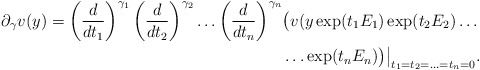
\begin{align*}\partial_{\gamma}v(y)=\left( \frac{d}{dt_1}\right)^{\gamma_1}\left( \frac {d}{dt_2}\right)^{\gamma_2}\ldots \left( \frac {d}{dt_n}\right)^{\gamma_n}&\bigl( v(y\exp(t_1E_1)\exp (t_2E_2)\ldots\\&\ldots \exp (t_nE_n)\bigr)\bigr\vert_{t_1=t_2=\ldots=t_n=0}.\end{align*}